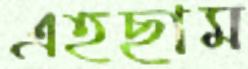
এহছাম